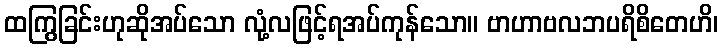
ထကြွခြင်းဟုဆိုအပ်သော လုံ့လဖြင့်ရအပ်ကုန်သော။ ဗာဟာဗလဘပရိစိတေဟိ၊